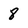
Character: 8